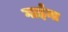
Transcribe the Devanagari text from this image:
गाईंना